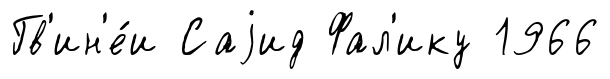
Гв'ин'е́и Саjид Фал'ику 1966